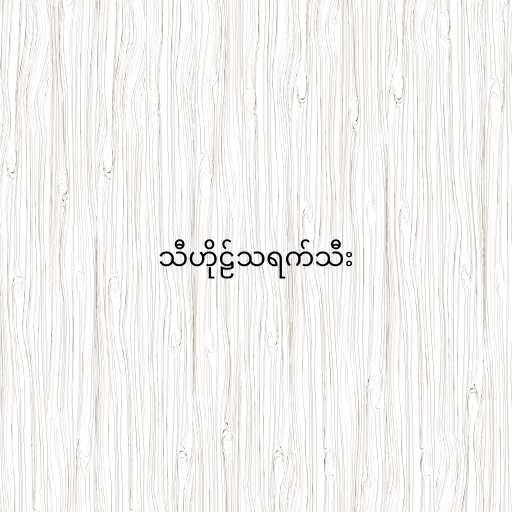
သီဟိုဠ်သရက်သီး